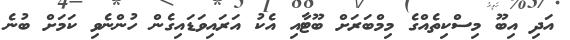
އަދި އިބޫ މިސްކިތެއްގެ މިމްބަރަށް ބޫޓާއި އެކު އަރައިވަޑައިގެން ހުންނެވި ކަމަށް ބުނެ